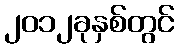
၂၀၁၂ခုနှစ်တွင်